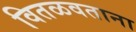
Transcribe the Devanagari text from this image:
वितळवताना